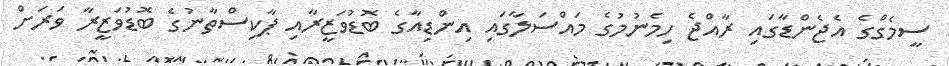
ސީމެގްގެ އެޖެންޑާގައި ރާއްޖެ ހިމެނުމުގެ މައްސަލާގައި އިންޑިއާގެ ބޮޑުވަޒީރާއި ޕާކިސްތާނުގެ ބޮޑުވަޒީރާ ވަރަށް